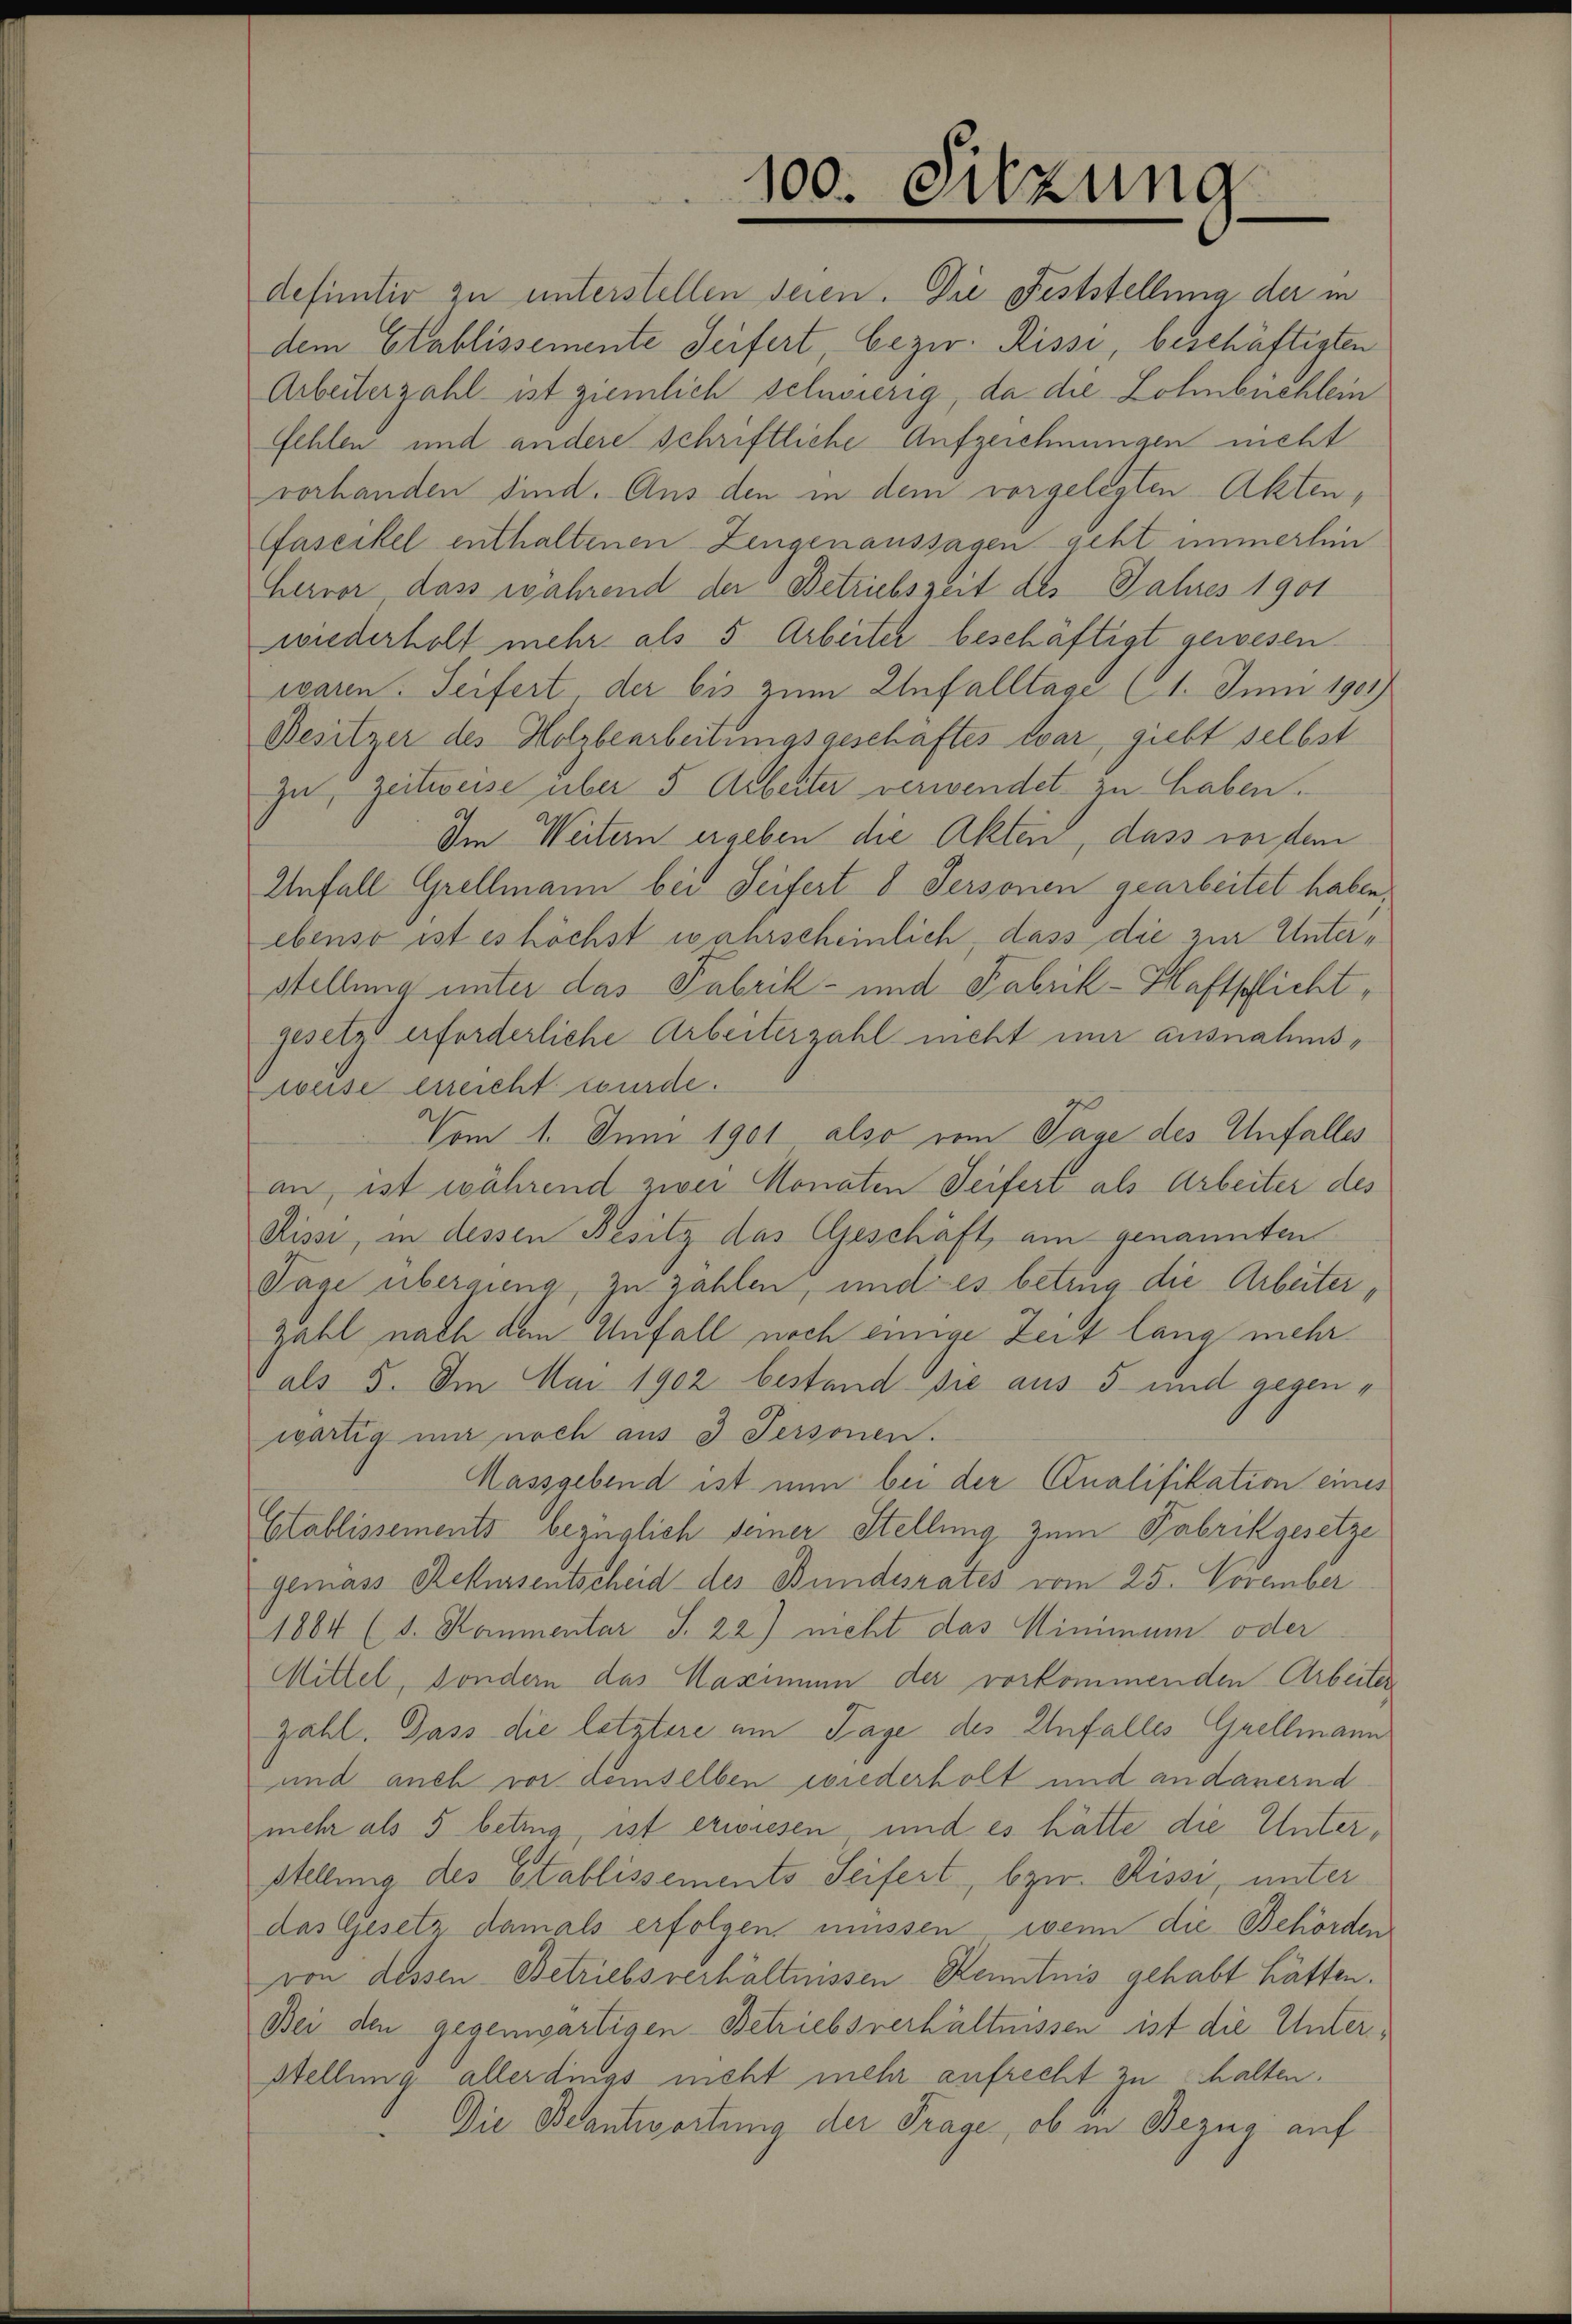
100. Sitzung

definitiv zu unterstellen seien. Die Feststellung der in
dem Etablissemente Seifert, bezw. Rissi, beschäftigten
Arbeiterzahl ist ziemlich schwierig, da die Lohnbuchlein
fehlen und andere schriftliche Aufzeichnungen nicht
vorhanden sind. Aus den in dem vorgelegten Akten¬
Faseckel enthaltenen Zeugenaussagen geht immerhin
Hervor, dass während der Betriebszeit des Jahres 1901
wiederholt mehr als 5 Arbeiter beschäftigt gewesen.
waren. Seifert der bis zum Unfalltage (1. Juni 1901)
Besitzer des Holzbearbeitungsgeschäftes war, giebt selbst
zu, Zeitweise über 5 Arbeiter verwendet zu haben.
Im Weitern ergeben die Akten, dass vor dem
Unfall Grellmann bei Seifert 8 Personen gearbeitet haben,
ebenso ist es höchst wahrscheinlich, dass die zur Unterstellung unter das Fabrik- und Fabrik-Haftschlichtgesetzt erforderliche Arbeiterzahl nicht nur ausnahmsweise erreicht wurde.
Vom 1. Juni 1901 also vom Tage des Unfalles
an, ist während zwei Monaten Seifert als Arbeiter des
Kissi, in dessen Besitz das Geschäft am genannten
Tage übergieng, zu zahlen, und es betrug die Arbeiter,
Zahl nach dem Unfall noch einige Zeit lang mehr
als 5. Im Mai 1902 bestand sie aus 5 und gegenwärtig mir noch aus 3 Personen.
Massgebend ist nun bei der Qualifikation eines
Etablissements bezüglich seiner Stellung zum Fabrikgesetze
gemass Rekursentscheid des Bundesrates vom 25. November
1884 (s. Kammentar S. 22) nicht das Minimum oder
Mittel, sondern das Maximum der vorkommenden Arbeiter
zahl. Dass die letztere am Tage des Unfalles Grellmann
und auch vor demselben wiederholt und an dauernd
mehr als 5 betrug, ist erwiesen und es hätte die Unter¬
Stellung des Etablissements Seifert, bzw. Rissi, unter
das Gesetz damals erfolgen müssen, wenn die Behörden
von dessen Betriebsverhältnissen Renntnis gehabt hätten.
Bei den gegenwärtigen Betriebsverhältnissen ist die Unterstellung allerdings nicht mehr aufrecht zu halten.
Die Beantwortung der Frage, ob in Bezug auf